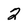
Character: 2